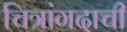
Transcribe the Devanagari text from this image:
चित्रांगदाची